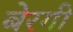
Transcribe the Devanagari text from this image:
बेरगी